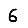
Digit: 6